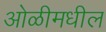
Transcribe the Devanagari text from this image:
ओळीमधील